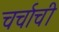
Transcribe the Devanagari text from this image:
चर्चाची